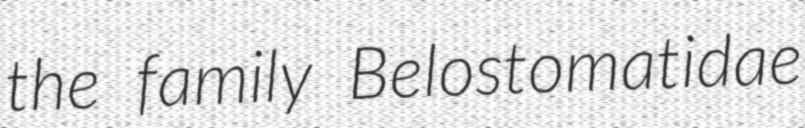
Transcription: the family Belostomatidae